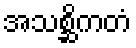
အသစ္ဆိကတံ